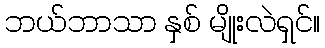
ဘယ်ဘာသာ နှစ် မျိုးလဲရှင်။